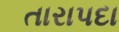
તારાપદા